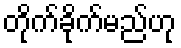
တိုက်ခိုက်မည်ဟု